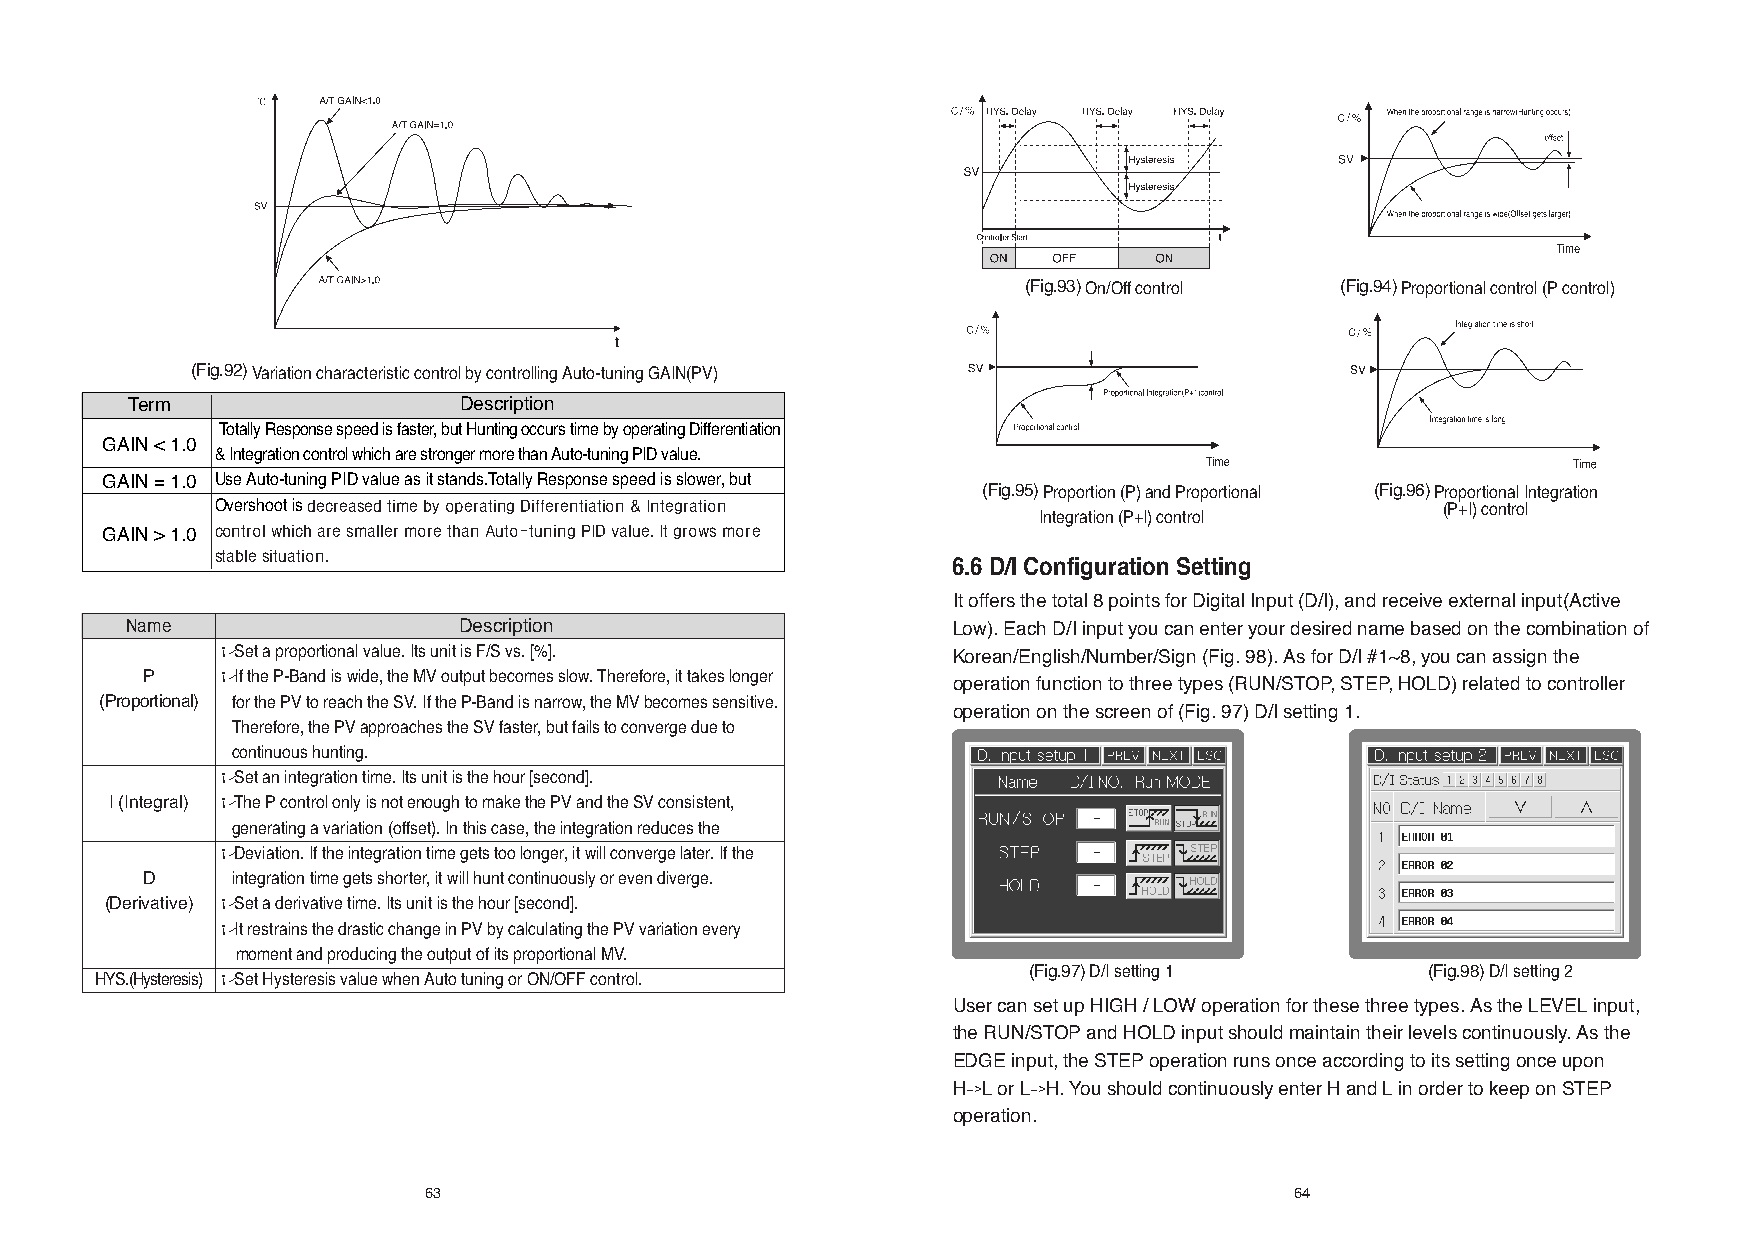
(Fig.93)On/Off control (Fig.94)Proportional control (P control)
 (Fig.92)Variation characteristic control by controlling Auto-tuning GAIN(PV)
 Term                  Description
 Totally Response speed is faster, but Hunting occurs time by operating Differentiation
 GAIN < 1.0
 & Integration control which are stronger more than Auto-tuning PID value.
 GAIN = 1.0 Use Auto-tuning PID value as it stands.Totally Response speed is slower, but
 (Fig.95)Proportion (P) and Proportional (Fig.96)Proportional Integration
 Overshoot is decreased time by operating Differentiation & Integration           (P+I) control
 Integration (P+I) control
 GAIN > 1.0 control which are smaller more than Auto-tuning PID value. It grows more
 stable situation.
 6.6 D/I Configuration Setting
 It offers the total 8 points for Digital Input (D/I), and receive external input(Active
 Name                  Description                      Low). Each D/I input you can enter your desired name based on the combination of
 ¡⁄Set a proportional value. Its unit is F/S vs. [%]. Korean/English/Number/Sign (Fig. 98). As for D/I #1~8, you can assign the
 P    ¡⁄If the P-Band is wide, the MV output becomes slow. Therefore, it takes longer
 operation function to three types (RUN/STOP, STEP, HOLD) related to controller
 (Proportional) for the PV to reach the SV. If the P-Band is narrow, the MV becomes sensitive.
 operation on the screen of (Fig. 97) D/I setting 1.
 Therefore, the PV approaches the SV faster, but fails to converge due to
 continuous hunting.
 ¡⁄Set an integration time. Its unit is the hour [second].
 I (Integral) ¡⁄The P control only is not enough to make the PV and the SV consistent,
 generating a variation (offset). In this case, the integration reduces the
 ¡⁄Deviation. If the integration time gets too longer, it will converge later. If the
 D     integration time gets shorter, it will hunt continuously or even diverge.
 (Derivative) ¡⁄Set a derivative time. Its unit is the hour [second].
 ¡⁄It restrains the drastic change in PV by calculating the PV variation every
 moment and producing the output of its proportional MV.
 (Fig.97)D/I setting 1     (Fig.98)D/I setting 2
 HYS.(Hysteresis) ¡⁄Set Hysteresis value when Auto tuning or ON/OFF control.
 User can set up HIGH / LOW operation for these three types. As the LEVEL input,
 the RUN/STOP and HOLD input should maintain their levels continuously. As the
 EDGE input, the STEP operation runs once according to its setting once upon
 H->L or L->H. You should continuously enter H and L in order to keep on STEP
 operation.
 63                                                        64